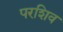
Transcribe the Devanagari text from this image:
परशिव